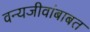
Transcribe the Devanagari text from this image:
वन्यजीवांबाबत